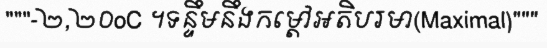
"""-២,២០oC ។ទន្ទឹមនឹងកម្តៅអតិបរមា(Maximal)"""